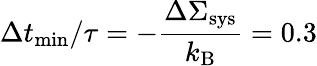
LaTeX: \Delta t_{\mathrm{min}}/\tau=-\frac{\Delta\Sigma_{\mathrm{sys}}}{k_{\mathrm{B}}}=0.3